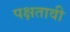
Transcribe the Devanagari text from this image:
पक्षतावी